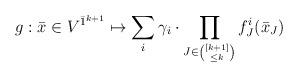
LaTeX: \begin{gather*}g: \bar{x} \in V^{\bar{1}^{k+1}} \mapsto \sum_{i } \gamma_i \cdot \prod_{J \in \binom{[k+1]}{\leq k}} f^i_J(\bar{x}_J)\end{gather*}